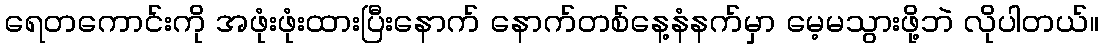
ရေတကောင်းကို အဖုံးဖုံးထားပြီးနောက် နောက်တစ်နေ့နံနက်မှာ မေ့မသွားဖို့ဘဲ လိုပါတယ်။